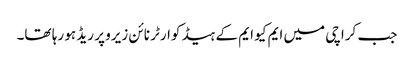
جب کراچی میں ایم کیو ایم کے ہیڈ کوارٹر نائن زیرو پر ریڈ ہو رہا تھا۔